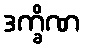
ဒက္ခိဏ